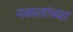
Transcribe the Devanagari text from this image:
नकलांच्या